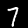
Digit: 7